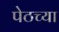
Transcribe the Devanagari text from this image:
पेठच्या